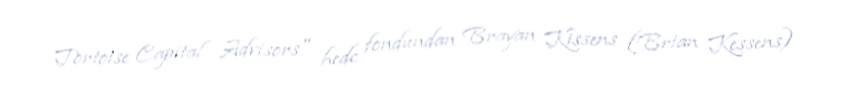
Tortoise Capital Advisors" hedc fondundan Brayan Kissens (Brian Kessens)